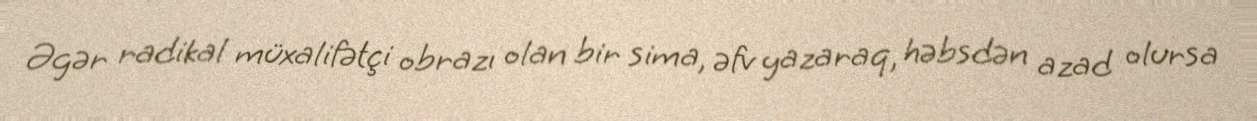
Əgər radikal müxalifətçi obrazı olan bir sima, əfv yazaraq, həbsdən azad olursa